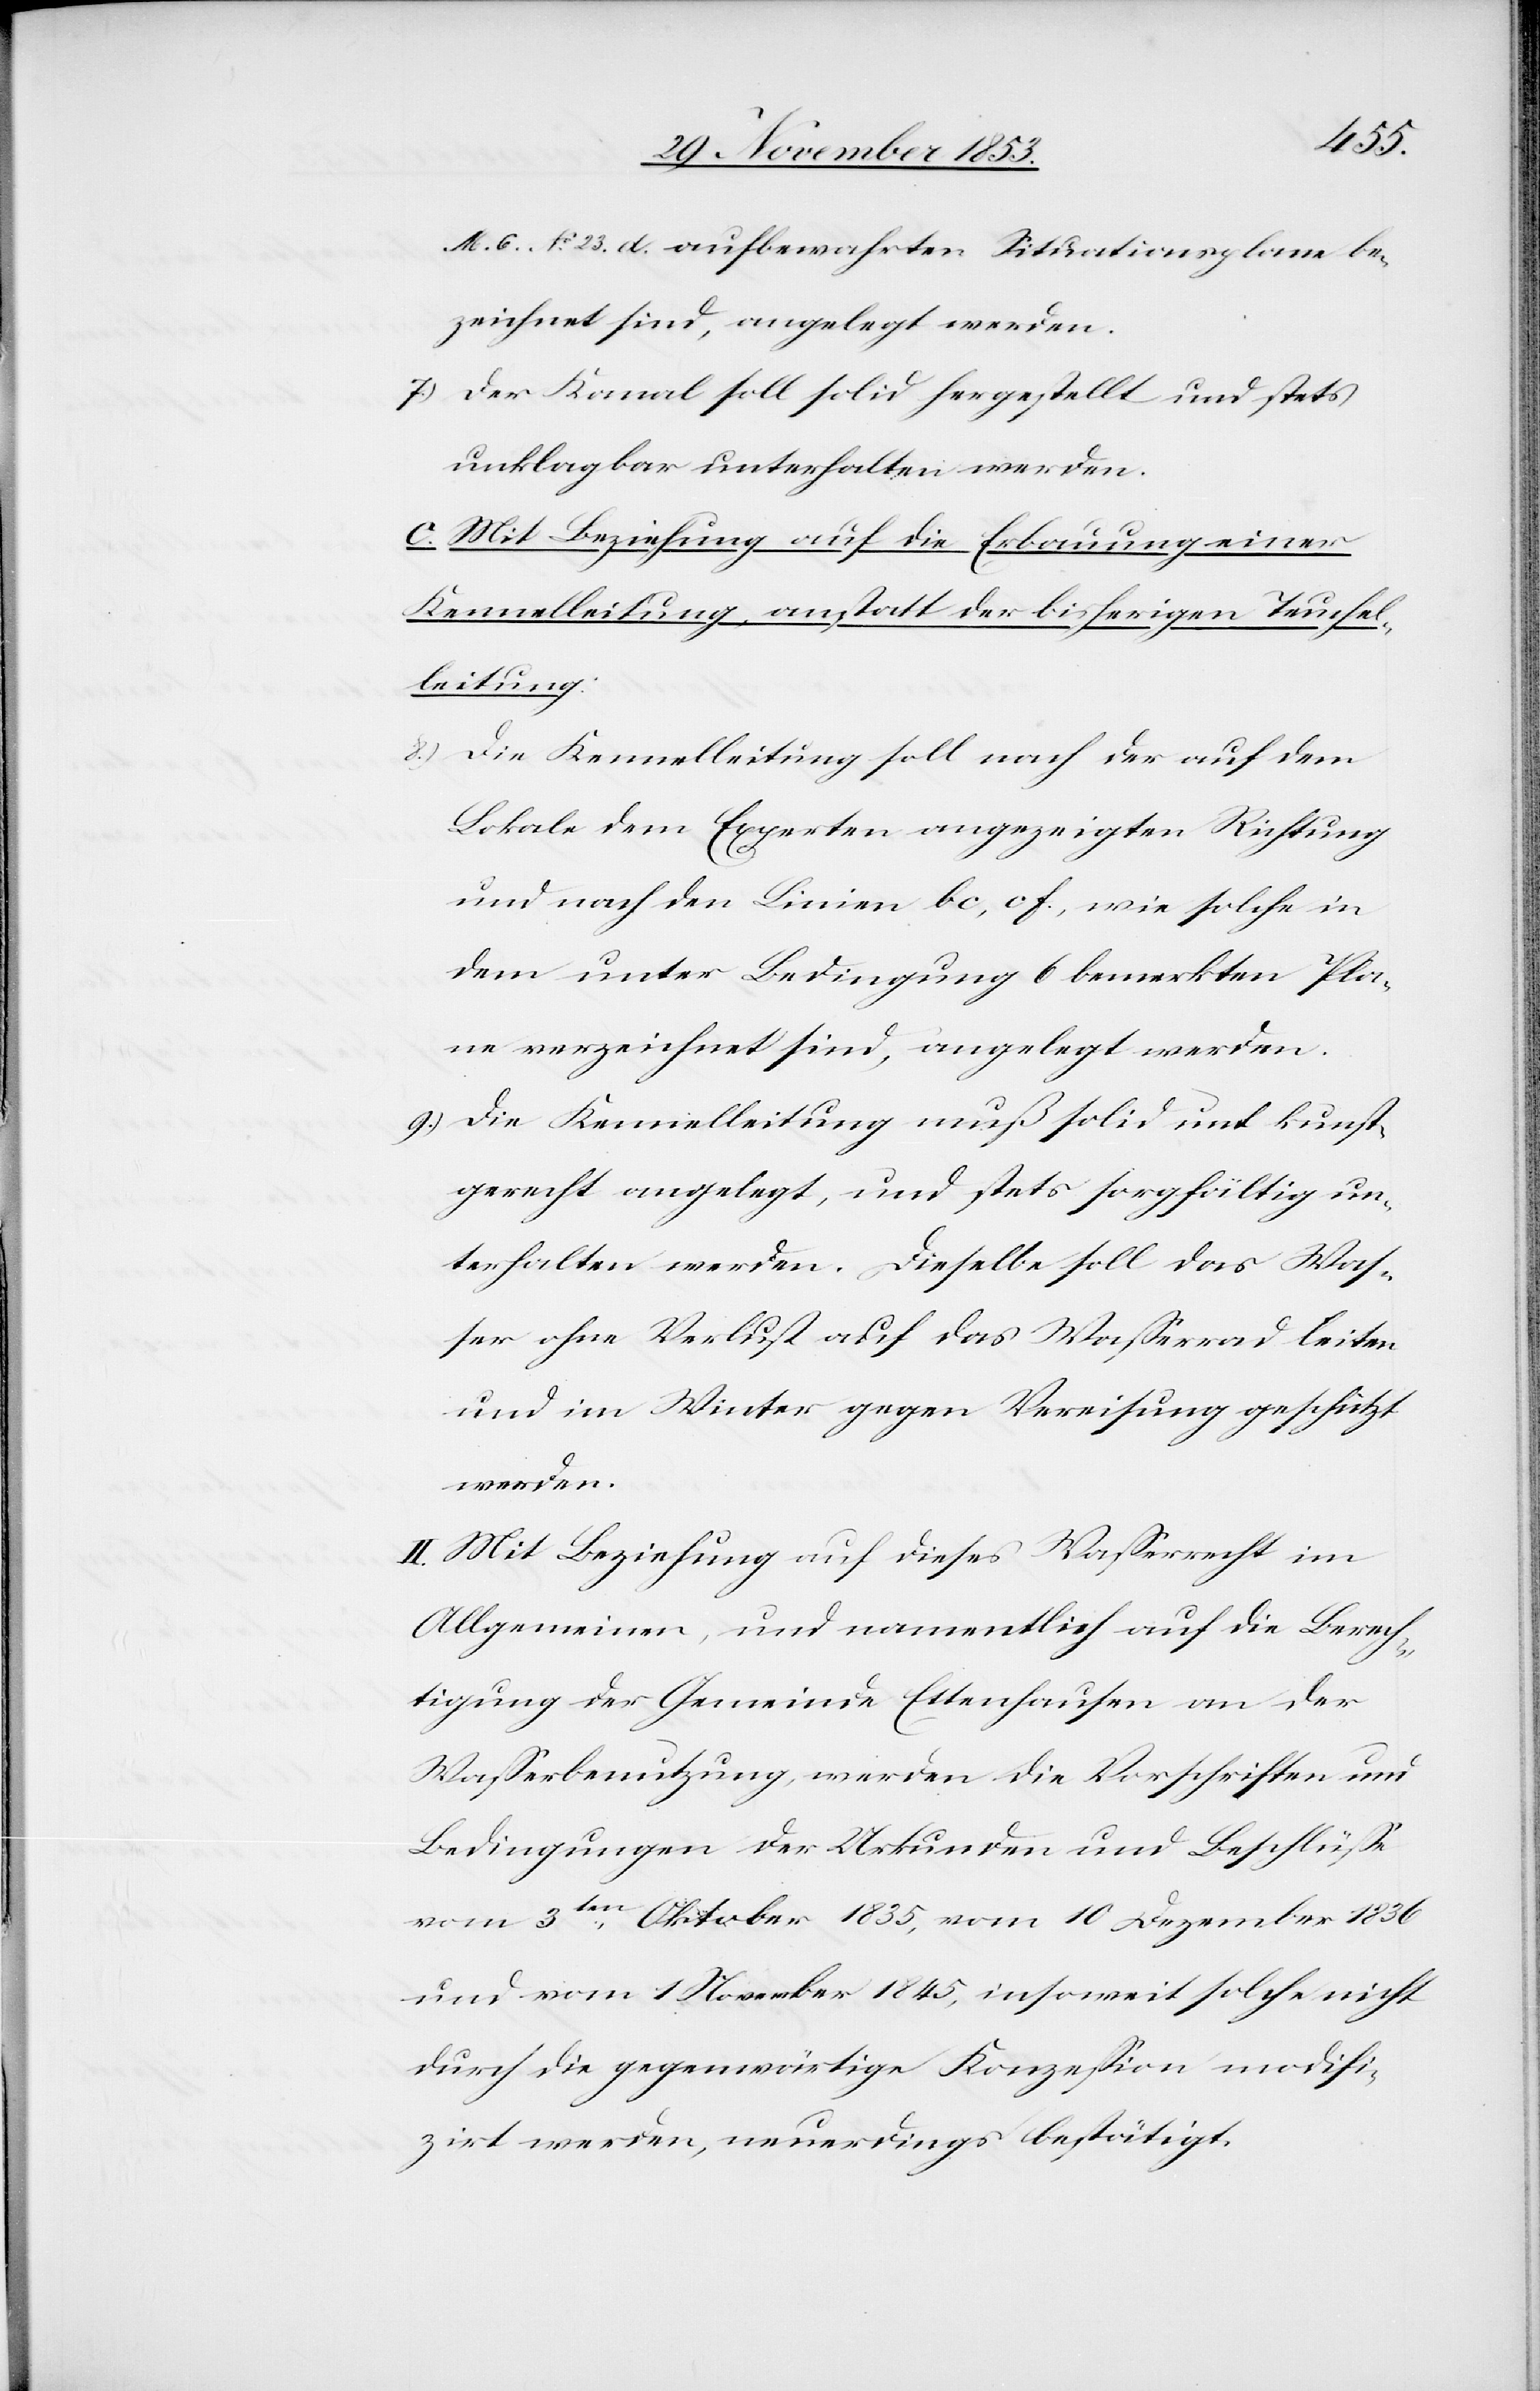
gerecht,
M. 6. N° 23. d. aufbewahrten Situationsplane be¬
zeichnet sind, angelegt werden.
7.) Der Kanal soll solid hergestellt und stets
unklagbar unterhalten werden.
C. Mit Beziehung auf die Erbauung einer
Kennelleitung, anstatt der bisherigen Teuchel¬
leitung:
8.) Die Kennelleitung soll nach der auf dem
Lokale dem Experten angezeigten Richtung
und nach den Linien bc, cf, wie solche in
dem unter Bedingung 6 bemerkten Pla¬
ne verzeichnet sind, angelegt werden.
9.) Die Kennelleitung muß solid und kunst¬
unterhalten werden. Dieselbe soll das Was¬
ser ohne Verlust auf das Waßerrad leiten
und im Winter gegen Vereisung geschützt
werden.
II. Mit Beziehung auf dieses Waßerrecht im
Allgemeinen, und namentlich auf die Berech¬
tigung der Gemeinde Ettenhausen an der
Waßerbenutzung, werden die Vorschriften und
Bedingungen der Urkunden und Beschlüße
vom 3ten Oktober 1835, vom 10 Dezember 1836
und vom 1 November 1845, insoweit solche nicht
durch die gegenwärtige Konzeßion modifi¬
zirt werden, neuerdings bestätigt.